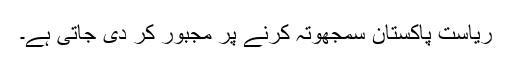
ریاست پاکستان سمجھوتہ کرنے پر مجبور کر دی جاتی ہے۔